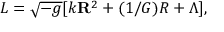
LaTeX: L = \sqrt { - g } [ k { \bf R } ^ { 2 } + ( 1 / G ) R + \Lambda ] ,